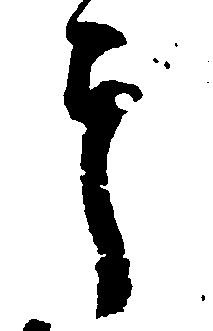
郎